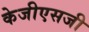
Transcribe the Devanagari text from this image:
केजीएसजी